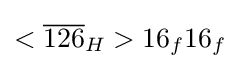
<{\overline {126}}_{H}>16_{f}16_{f}